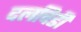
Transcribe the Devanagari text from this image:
दलचिडी